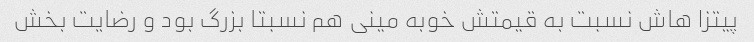
پیتزا هاش نسبت به قیمتش خوبه مینی هم نسبتا بزرگ بود و رضایت بخش